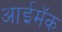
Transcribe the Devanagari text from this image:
आईमॅक